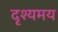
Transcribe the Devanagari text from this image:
दृश्यमय